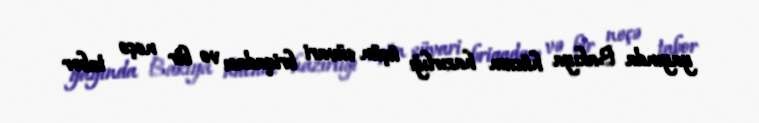
yayında Bakıya hücum hazırlığı üçün süvari briqadası və bir neçə tabor